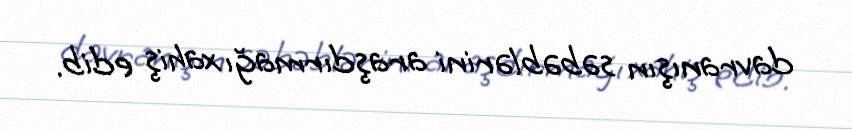
davranışın səbəblərini araşdırmağı xahiş edib.